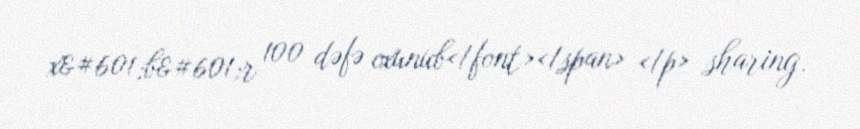
x&#601;b&#601;r 100 dəfə oxunub</font></span> </p> sharing.